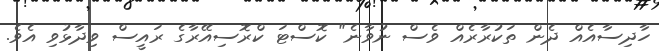
ހާދިސާއެއް ދެން ތަކުރާރެއް ވެސް ނުވާނެ" ކޮސްޓަ ކްރޮސިއޭރާގެ ރައީސް ވިދާޅުވި އެވެ.